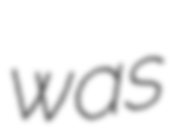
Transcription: was